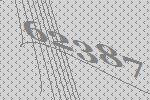
62387